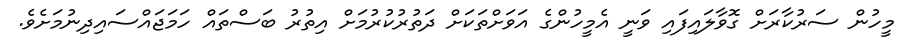
މީހުން ސަރުކާރަށް ގޮވާލައިފައި ވަނީ އެމީހުންގެ އަވަށްތަކަށް ދަތުރުކުރުމަށް އިތުރު ބަސްތައް ހަމަޖައްސައިދިނުމަށެވެ.